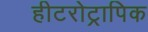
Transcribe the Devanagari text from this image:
हीटरोट्रापिक